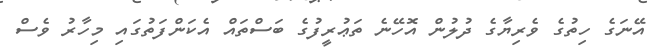
އޭނަގެ ހިތުގެ ވެރިޔާގެ ދުލުން އޮހޭނެ ތަޢުރީފުގެ ބަސްތައް އެކަންފަތުގައި މިހާރު ވެސް